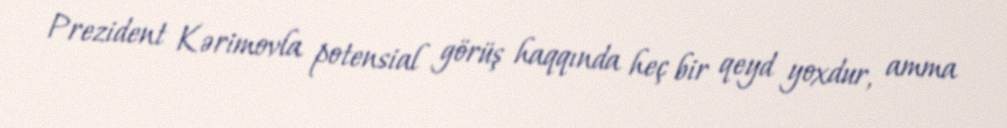
Prezident Kərimovla potensial görüş haqqında heç bir qeyd yoxdur, amma